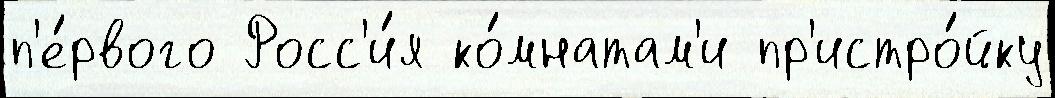
п'е́рвого Росс'и́я ко́мнатам'и пр'истро́йку